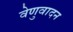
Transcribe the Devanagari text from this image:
वेणुवादन